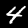
Digit: 4